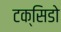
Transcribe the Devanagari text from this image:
टक्सिडो